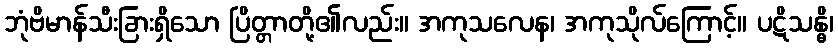
ဘုံဗိမာန်သီးခြားရှိသော ပြိတ္တာတို့၏လည်း။ အကုသလေန၊ အကုသိုလ်ကြောင့်။ ပဋိသန္ဓိ၊